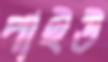
পাইউ